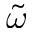
\widetilde { \omega }